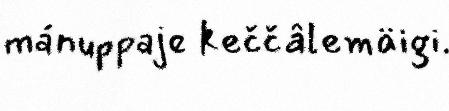
mánuppaje keččâlemäigi.